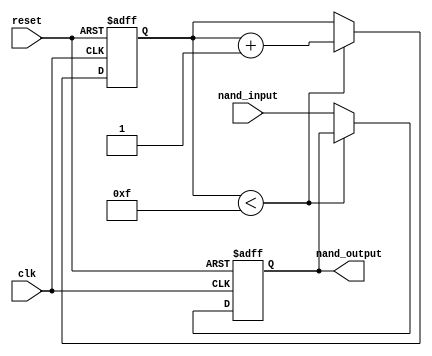
module timing_control_and_sync (
  input wire clk,
  input wire reset,
  input wire nand_input,
  output reg nand_output
);

reg [3:0] delay_count;

always @(posedge clk or posedge reset) begin
  if (reset) begin
    delay_count <= 4'b0000; // Initial delay length
    nand_output <= 1'b0; // Default output value
  end
  else begin
    if (delay_count < 4'b1111) begin
      delay_count <= delay_count + 1;
    end
    else begin
      nand_output <= nand_input; // Synchronize input signal with output signal
    end
  end
end

endmodule